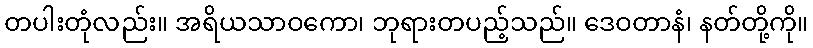
တပါးတုံလည်း။ အရိယသာဝကော၊ ဘုရားတပည့်သည်။ ဒေဝတာနံ၊ နတ်တို့ကို။